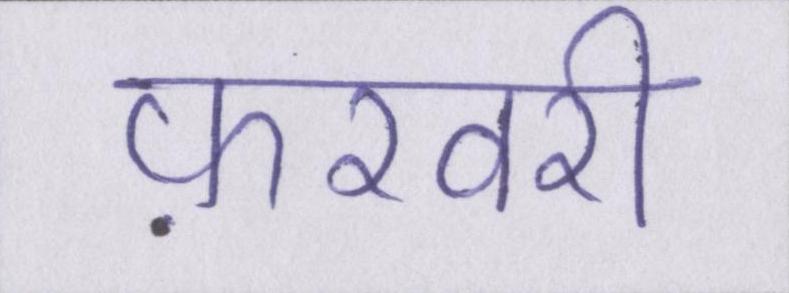
फ़रवरी